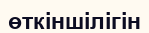
өткіншілігін